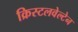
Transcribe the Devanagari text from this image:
क्रिस्टलवेल्टेन